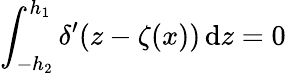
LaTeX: \int_{-h_{2}}^{h_{1}}\delta^{\prime}(z-\zeta(x))\, \mathrm{d}z=0